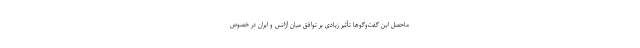
ماحصل این گفت‌وگوها تأثیر زیادی بر توافق میان آژانس و ایران در خصوص